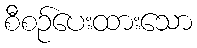
စီစဉ်ပေးထားသော